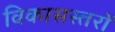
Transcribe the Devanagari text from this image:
विकासस्तरों